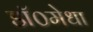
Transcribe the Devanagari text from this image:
डॉ०मेधा